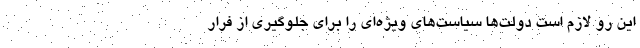
این رو لازم است دولت‌ها سیاست‌های ویژه‌ای را برای جلوگیری از فرار